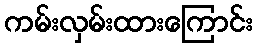
ကမ်းလှမ်းထားကြောင်း